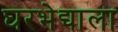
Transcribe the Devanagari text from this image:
घरभेद्याला